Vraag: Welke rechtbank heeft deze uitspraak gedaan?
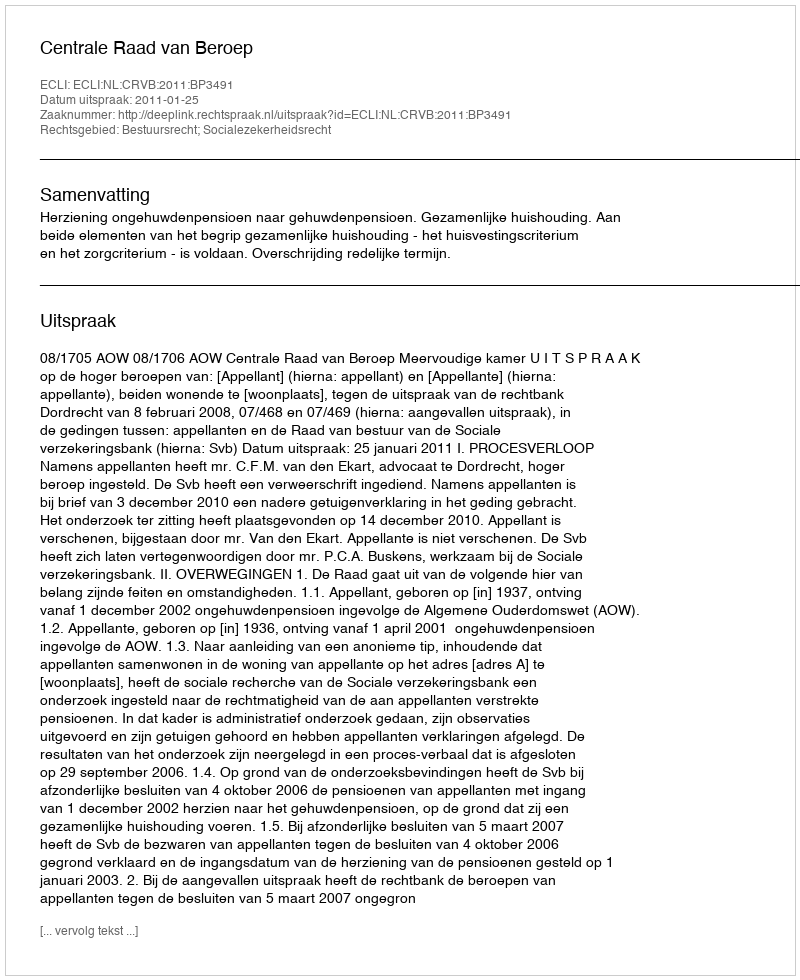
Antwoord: Centrale Raad van Beroep